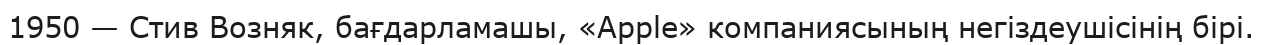
1950 — Стив Возняк, бағдарламашы, «Apple» компаниясының негіздеушісінің бірі.